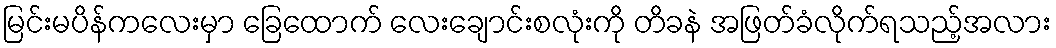
မြင်းမပိန်ကလေးမှာ ခြေထောက် လေးချောင်းစလုံးကို တိခနဲ အဖြတ်ခံလိုက်ရသည့်အလား